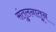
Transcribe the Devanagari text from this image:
संतुलनातून